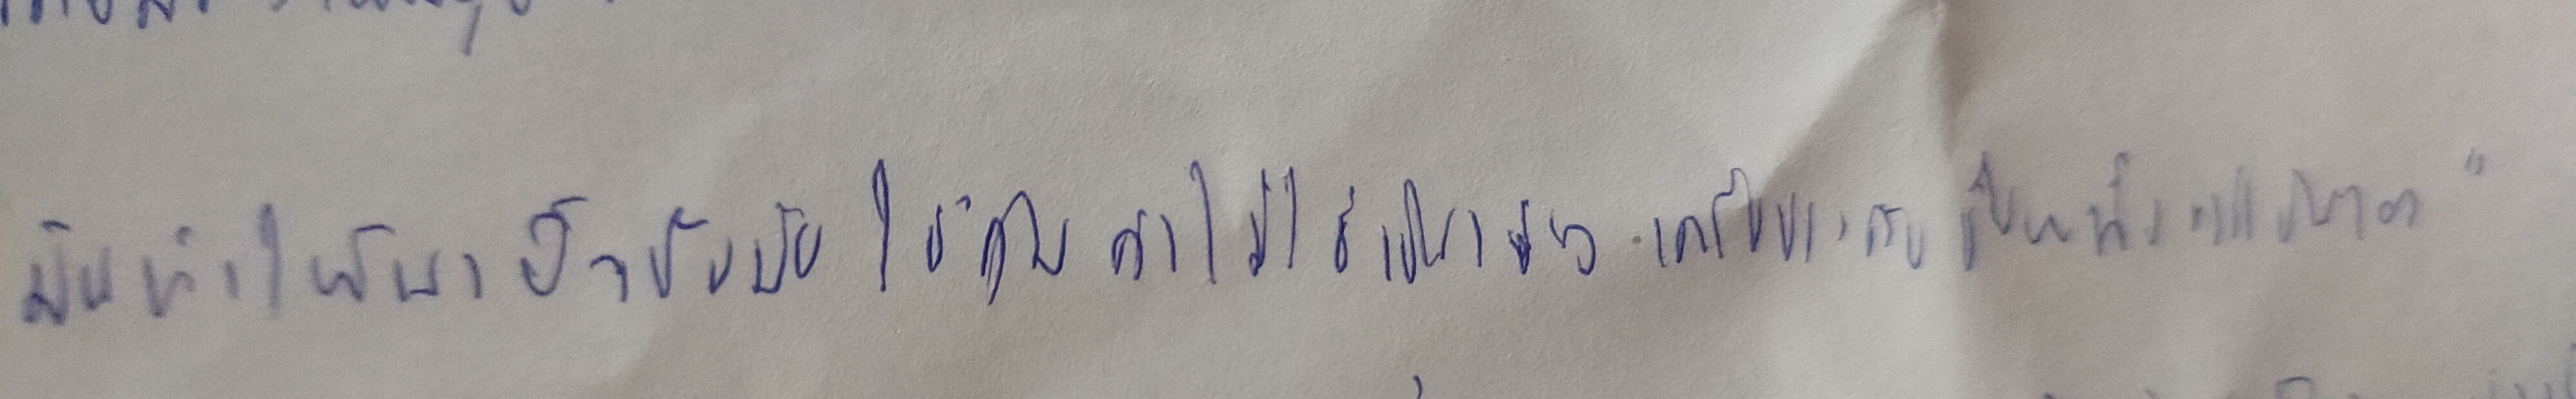
มันทำให้นาฬิกาข้อมือใช้ได้คุ้มค่าไม่ใช่เป็นเพียงเครื่องประดับชิ้นหนึ่งเท่านั้นเอง"